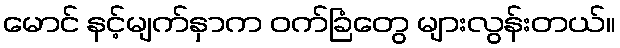
မောင် နင့်မျက်နှာက ဝက်ခြံတွေ များလွန်းတယ်။